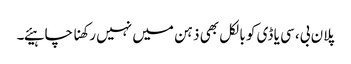
پلان بی، سی یا ڈی کو بالکل بھی ذہن میں نہیں رکھنا چاہیئے۔